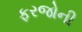
ફરજોની